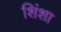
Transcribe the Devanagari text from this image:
शिंशा